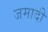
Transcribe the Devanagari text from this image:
जमादी